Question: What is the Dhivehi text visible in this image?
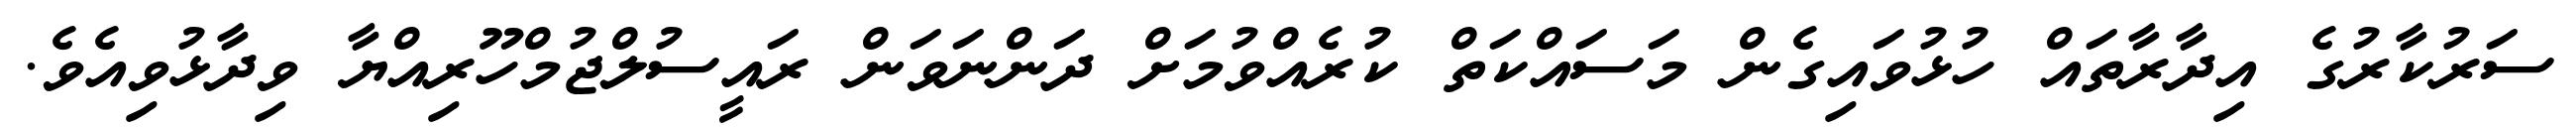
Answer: ސަރުކާރުގެ އިދާރާތައް ހުޅުވައިގެން މަސައްކަތް ކުރެއްވުމަށް ދަންނަވަން ރައީސުލްޖުމްހޫރިއްޔާ ވިދާޅުވިއެވެ.